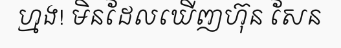
ហ្មង! មិនដែលឃើញហ៊ុន សែន